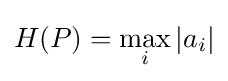
H(P)={\underset {i}{\max }}\,|a_{i}|